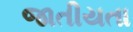
જાતીયતા